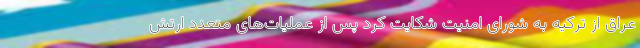
عراق از ترکیه به شورای امنیت شکایت کرد پس از عملیات‌های متعدد ارتش